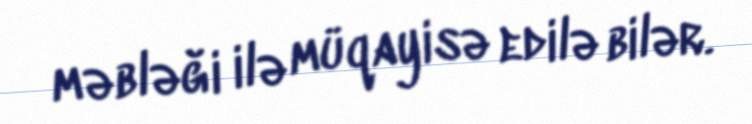
məbləği ilə müqayisə edilə bilər.